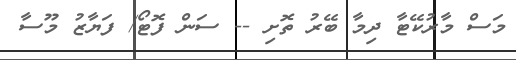
މަސް މާރުކޭޓާ ދިމާ ބޭރު ތޮށި -- ސަން ފޮޓޯ/ ފަޔާޒު މޫސާ